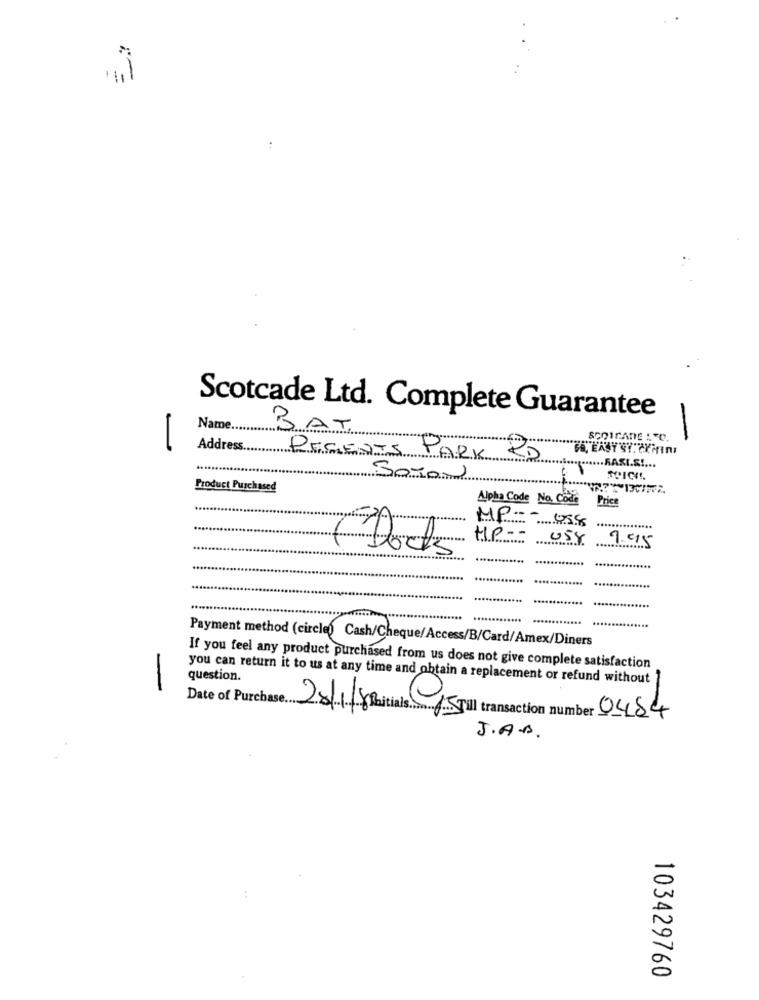
Scotcade Ltd. Complete Guarantee
Name.
BAT
SCOICADE LTD.
Address ..
REGENTS PARK RD
·.·········· KASI.S !...
SOTON
Product Purchased
Alpha Code No. Code Price
MP --
HP --
0
058
(Docks
Payment method (circle) Cash/Cheque/ Access/B/Card/Amex/Diners
If you feel any product purchased from us does not give complete satisfaction
question.
you can return it to us at any time and obtain a replacement or refund without
Date of Purchase.
28/1/18 itials
15 Till transaction number 0484
J.A.B.
103429760